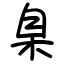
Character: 臬